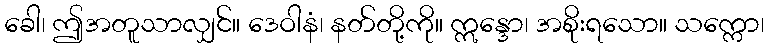
ခေါ၊ ဤအတူသာလျှင်။ ဒေဝါနံ၊ နတ်တို့ကို။ ဣန္ဒော၊ အစိုးရသော။ သက္ကော၊